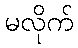
မလိုက်